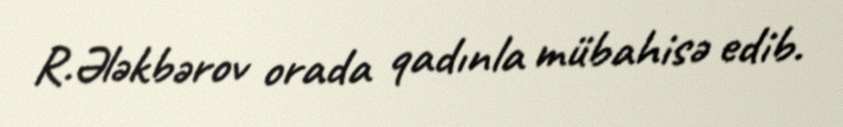
R.Ələkbərov orada qadınla mübahisə edib.